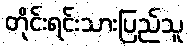
တိုင်းရင်းသားပြည်သူ